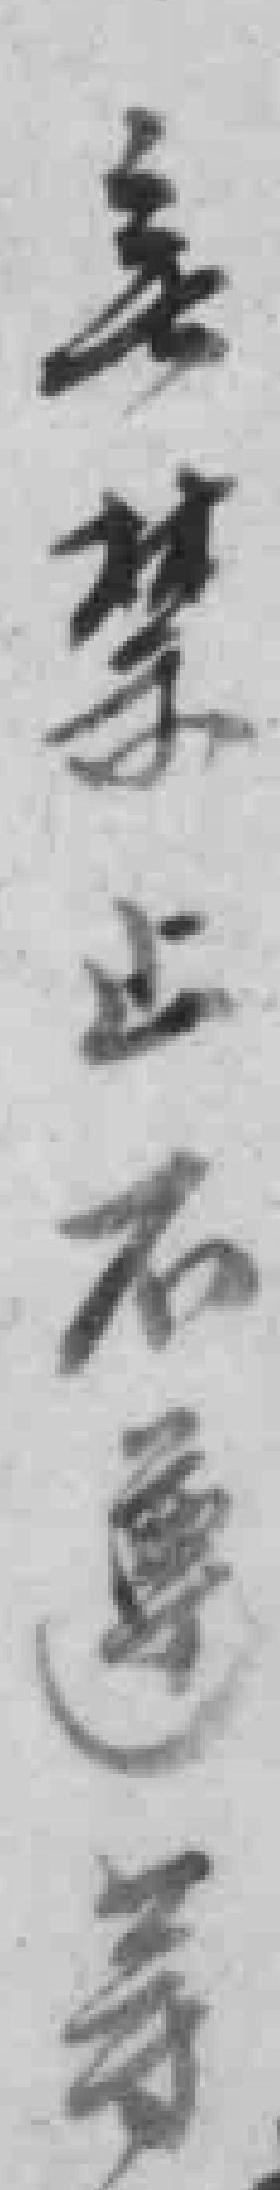
*禁止不遵䓁